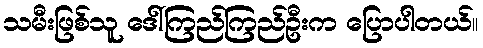
သမီးဖြစ်သူ ဒေါ်ကြည်ကြည်ဦးက ပြောပါတယ်။